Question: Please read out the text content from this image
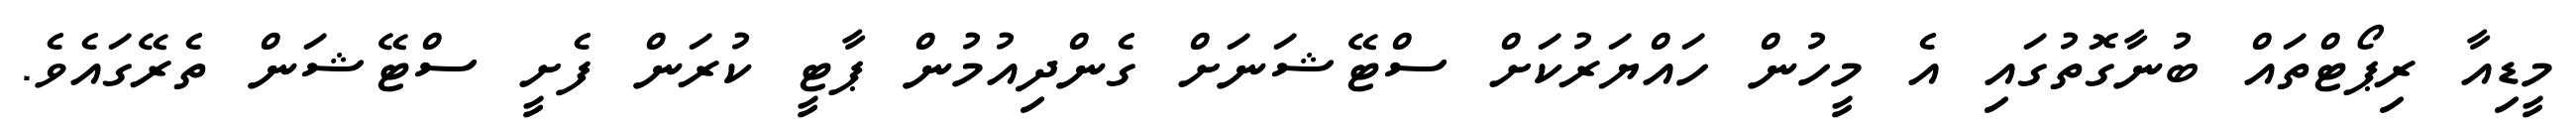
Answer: މީޑިއާ ރިޕޯޓްތައް ބުނާގޮތުގައި އެ މީހުން ހައްޔަރުކަށް ސްޓޭޝަނަށް ގެންދިއުމުން ޕާޓީ ކުރަން ފެށީ ސްޓޭޝަން ތެރޭގައެވެ.